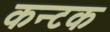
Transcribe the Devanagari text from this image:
कन्टक